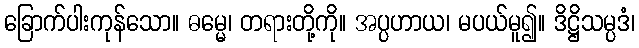
ခြောက်ပါးကုန်သော။ ဓမ္မေ၊ တရားတို့ကို။ အပ္ပဟာယ၊ မပယ်မူ၍။ ဒိဋ္ဌိသမ္ပဒံ၊